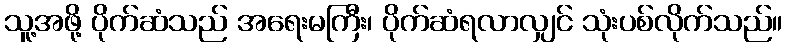
သူ့အဖို့ ပိုက်ဆံသည် အရေးမကြီး၊ ပိုက်ဆံရလာလျှင် သုံးပစ်လိုက်သည်။